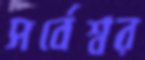
সর্বেশ্বর